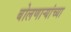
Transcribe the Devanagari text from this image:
बोलणार्‍यांच्या